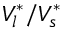
V _ { l } ^ { * } / V _ { s } ^ { * }